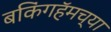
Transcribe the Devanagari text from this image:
बकिंगहॅमच्या